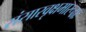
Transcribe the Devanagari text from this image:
संसारवृक्षमारूढाः